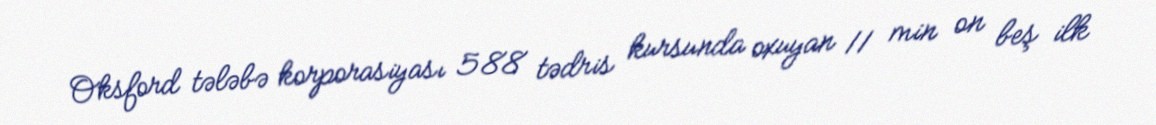
Oksford tələbə korporasiyası 588 tədris kursunda oxuyan 11 min on beş ilk